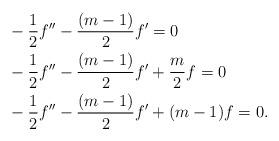
LaTeX: \begin{align*}&-\frac{1}{2}f^{\prime\prime}-\frac{(m-1)}{2}f^{\prime}=0\\&-\frac{1}{2}f^{\prime\prime}-\frac{(m-1)}{2}f^{\prime}+\frac{m}{2} f=0 \\&-\frac{1}{2}f^{\prime\prime}-\frac{(m-1)}{2}f^{\prime}+(m-1) f=0.\end{align*}